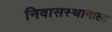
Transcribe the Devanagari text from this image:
निवासस्थानाला